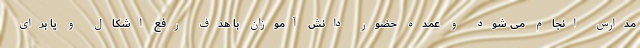
مدارس انجام می شود و عمده حضور دانش آموزان با هدف رفع اشکال و یا برای